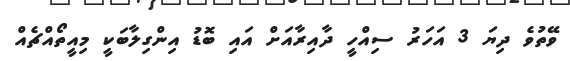
ވޭތުވެ ދިޔަ 3 އަހަރު ސިއްހީ ދާއިރާއަށް އައި ބޮޑު އިންގިލާބަކީ މިއީތޯއްޗެއް